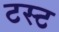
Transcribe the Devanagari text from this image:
टस्ट